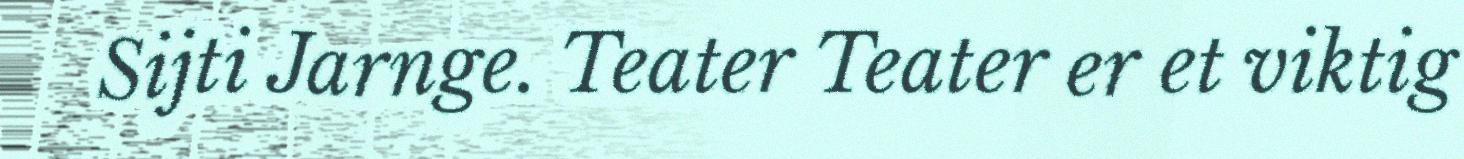
Sijti Jarnge. Teater Teater er et viktig